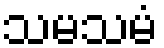
သမသမံ